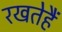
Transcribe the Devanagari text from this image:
रखतेहैं